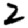
Digit: 2